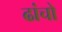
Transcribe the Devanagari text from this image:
ढांचो